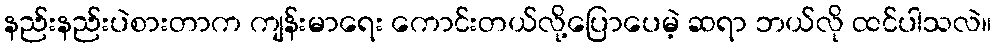
နည်းနည်းပဲစားတာက ကျန်းမာရေး ကောင်းတယ်လို့ပြောပေမဲ့ ဆရာ ဘယ်လို ထင်ပါသလဲ။